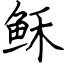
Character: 稣